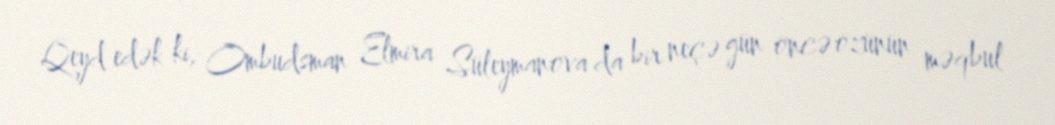
Qeyd edək ki, Ombudsman Elmira Süleymanova da bir neçə gün öncə özünün məqbul